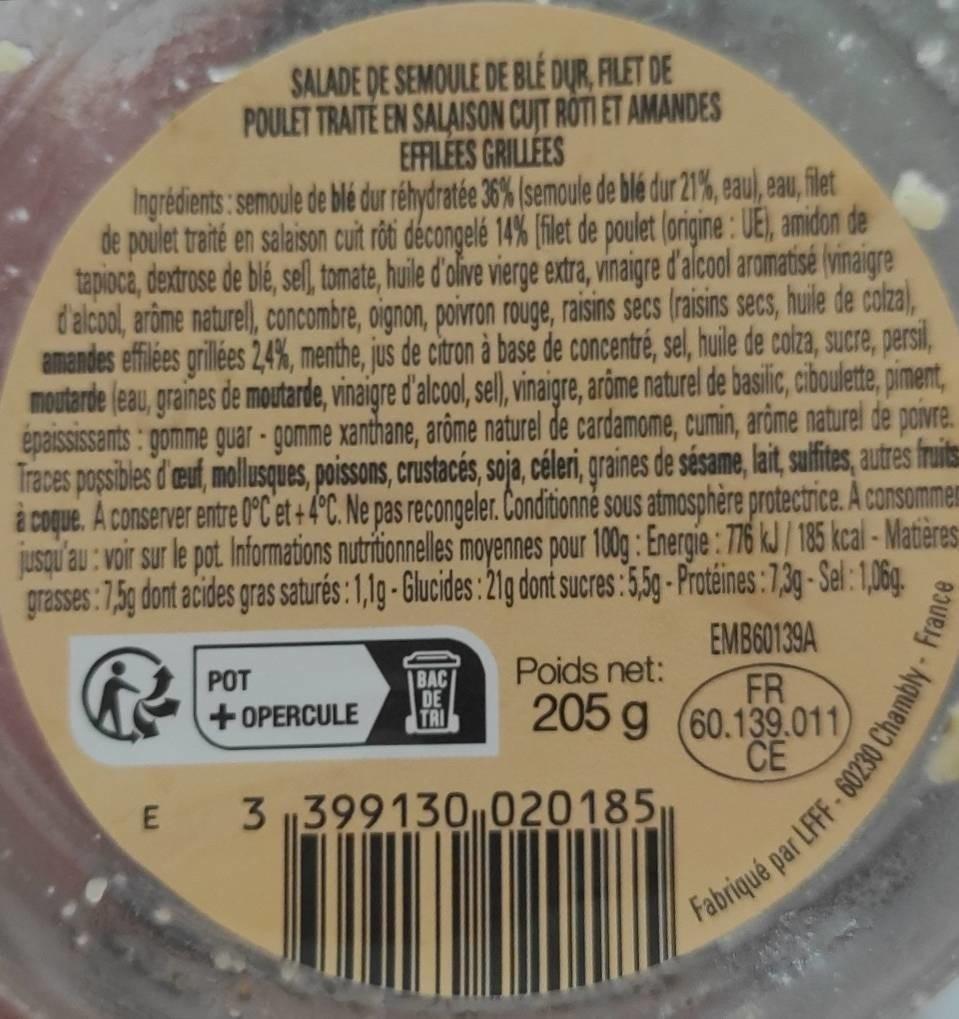
SALADE DE SEMOULE DE BLE DUR, FILET DE POULET TRAITÉ EN SALAISON CUIT ROTI ET AMANDES EFFILEES GRILLEES
Ingrédients: semoule de blé dur réhydratée 36% (semoule de blé dur 21%, eaul, eau, filet de poulet traité en salaison cuit rôti décongelé 14% [filet de poulet (origine: UE), amidon de tapioca, dextrose de blé, sell, tomate, huile d'olive vierge extra, vinaigre d'alcool aromatisé (vinaigre d'alcool, arôme naturel), concombre, oignon, poivron rouge, raisins secs (raisins secs, huile de colza), amandes effilées grillées 2,4%, menthe, jus de citron à base de concentré, sel, huile de colza, sucre, persil, moutarde (eau, graines de moutarde, vinaigre d'alcool, sell), vinaigre, arôme naturel de basilic, ciboulette, piment, épaississants: gomme guar-gomme xanthane, arôme naturel de cardamome, cumin, arôme naturel de poivre. Traces possibles d'œuf, mollusques, poissons, crustacés, soja, céleri, graines de sésame, lait, sulfites, autres fruits à coque. A conserver entre 0°C et + 4°C. Ne pas recongeler. Conditionné sous atmosphère protectrice. A consommer jusqu'au: voir sur le pot. Informations nutritionnelles moyennes pour 100g: Energie : 776 kJ/ 185 kcal-Matières grasses: 7,5g dont acides gras saturés: 1,1g - Glucides: 21g dont sucres : 5,5g - Protéines: 7,3g - Sel: 1,06g.
E
POT
BAC DE TRI
3399130020185,
Poids net:
EMB60139A FR 205 g (60.139.011) CE
+OPERCULE
Fabriqué par LFFF-60230 Chambly - France